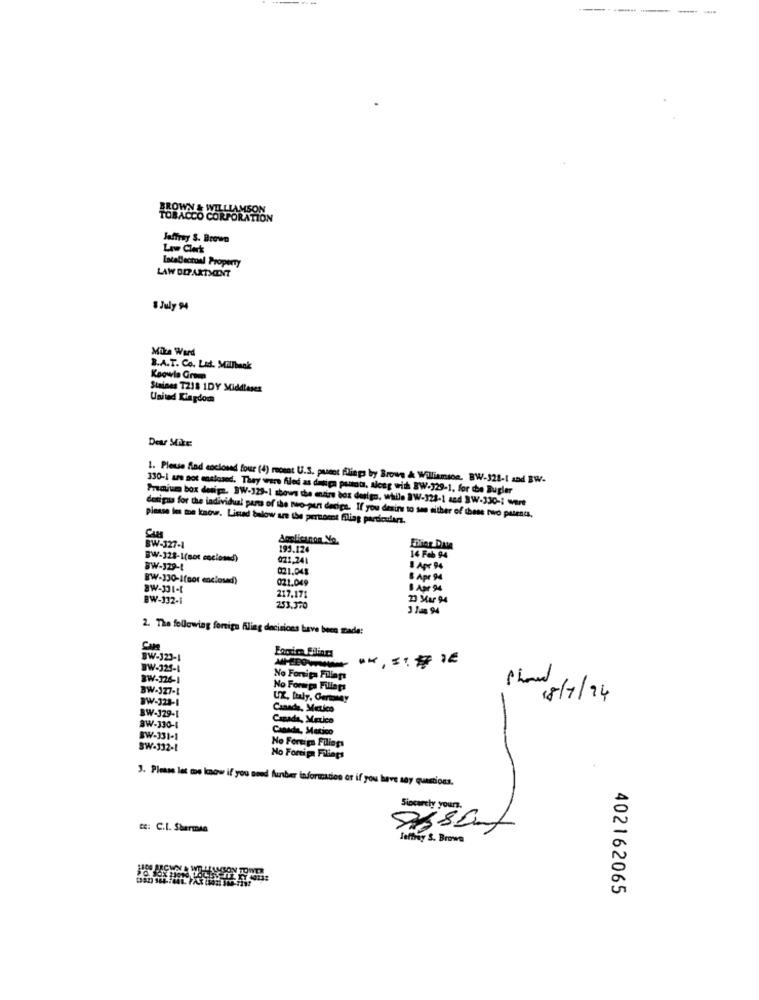
---------
TOBACCO CORPORATION
Jaffray S. Brown
Law Clerk
Intellectual Property
LAW DEPARTMENT
8 July 94
Mie Werd
B.A.T. Co. Lid. Millback
Koowie Group
Staines T218 1DY Middleses
United Kingdom
Dear Mike:
1. Pleuse flad coclosed four (4) recent U.S. puent flings by Brown & Williamson. BW-121-1 and BW-
330-1 are sot custosed. They were filed as desica puunta, along with BW-329-1, for the Bugler
Premium box design. SW-129-1 shows the entire box dealgo, while BW-328-1 and BW-330-1 wert
designs for the individual parts of the two-punt decips. If you desire to sen either of these two patents.
please les me know. Listed below are the pertomt filiag particularz.
BW-327-1
193.124
BW-128-1(sot coclomd)
021,241
14 Feb 94
BW-129-1
02.1.048
& Apr 94
WW-330-I(nor enclosed)
021.049
8 Apr 94
8W-301-t
B Apr 94
BW-132-1
217.171
23 Mar 94
253.370
3 1as 94
2. The following foreign Fling decisions have been ade:
Fordire Filings
BW-123-1
BW-325-1
BW-326-1
No Fortips Filings
BW-127-1
No Formiga Fillaps
WW-328-1
UZ, Italy, Certoway
plan g/7/24
BW-129-1
Canada, Mexico
Casada, Mexico
BW-330-1
Canada, Matico
SW-331-1
No Foreign Filings
SW-332-1
No Foreign Filings
3. Please let tos know if you sond funber information or if you have any questions.
Sincerely yours.
t: C.I. Sherman
Jeffrey S. Brown
AMSON
402162065